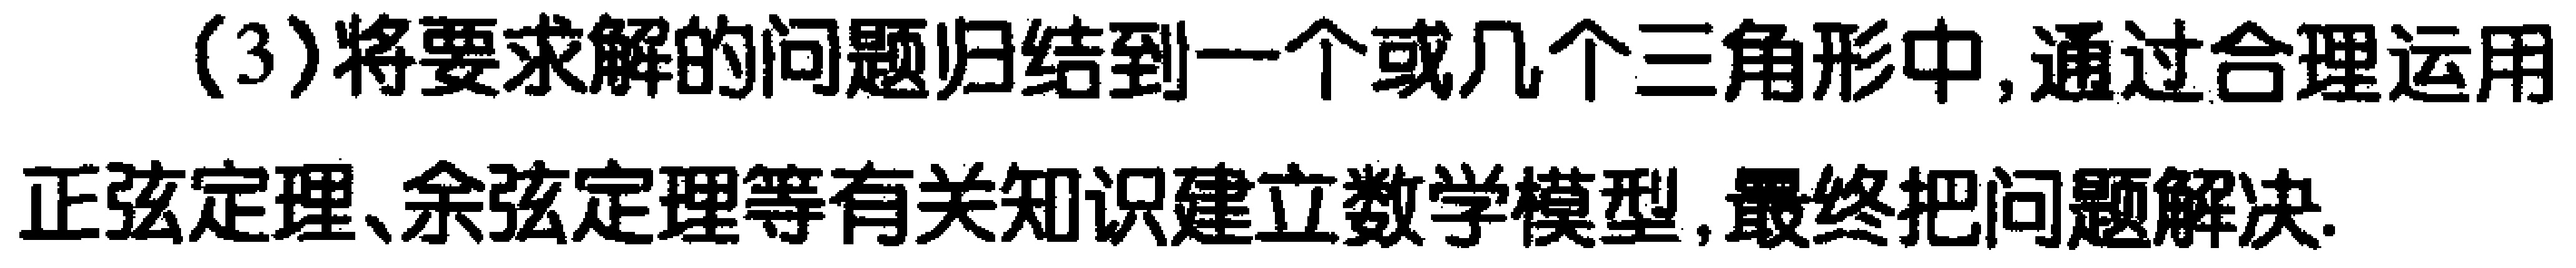
(3)将要 求解的问题归结到一个或几个三角形中,通过合理运用正弦定理、余弦定理等有关知识建立数学模型,最终把问题解决.